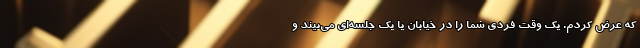
که عرض کردم. یک وقت فردی شما را در خیابان یا یک جلسه‌ای می‌بیند و